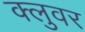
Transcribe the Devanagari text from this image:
क्लुवर